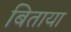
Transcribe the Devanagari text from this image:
बिताया